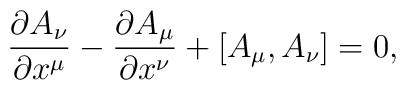
\frac{\partial A_{\nu}}{\partial x^{\mu}}-\frac{\partial A_{\mu}}{\partial x^{\nu}}+[A_{\mu},A_{\nu}]=0,